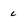
Character: c